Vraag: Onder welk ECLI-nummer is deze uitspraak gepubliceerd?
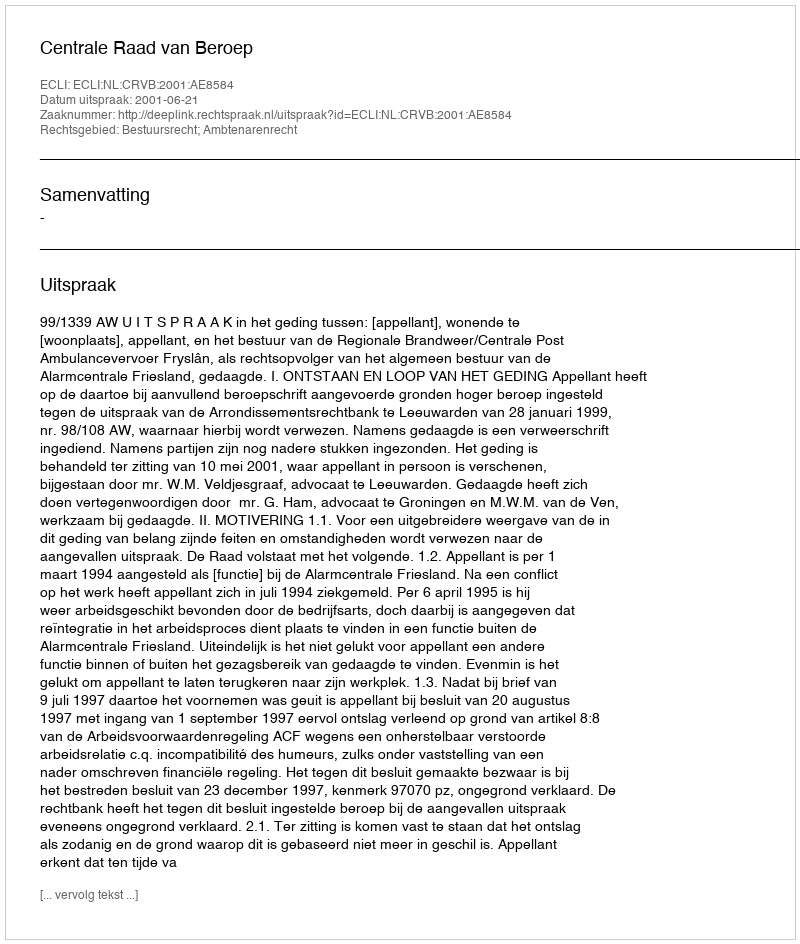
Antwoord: ECLI:NL:CRVB:2001:AE8584